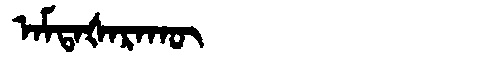
Manchu: ᠠᠮᡨᠠᡧᠠᡵᠠᡴᡡ
Romanization: AMTAŠARAKŪ